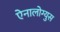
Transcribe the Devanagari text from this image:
ऐनालोग्युस